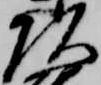
頭